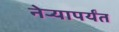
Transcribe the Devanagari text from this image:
नेऱ्यापर्यंत